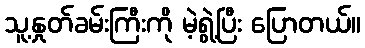
သူ့နှုတ်ခမ်းကြီးကို မဲ့ရွဲ့ပြီး ပြောတယ်။